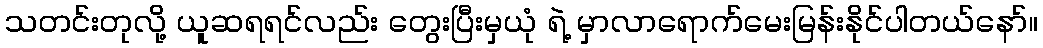
သတင်းတုလို့ ယူဆရရင်လည်း တွေးပြီးမှယုံ ရဲ့ မှာလာရောက်မေးမြန်းနိုင်ပါတယ်နော်။